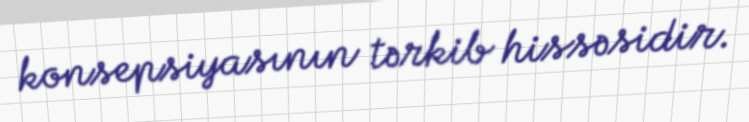
konsepsiyasının tərkib hissəsidir.